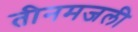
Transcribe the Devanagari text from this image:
तीनमजली